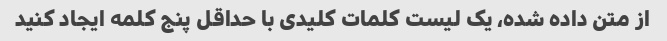
از متن داده شده، یک لیست کلمات کلیدی با حداقل پنج کلمه ایجاد کنید